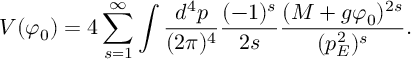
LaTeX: V ( \varphi _ { 0 } ) = 4 \sum _ { s = 1 } ^ { \infty } \int \frac { d ^ { 4 } p } { ( 2 \pi ) ^ { 4 } } \frac { ( - 1 ) ^ { s } } { 2 s } \frac { ( M + g \varphi _ { 0 } ) ^ { 2 s } } { ( p _ { E } ^ { 2 } ) ^ { s } } .